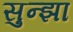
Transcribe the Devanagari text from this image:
सुन्झा